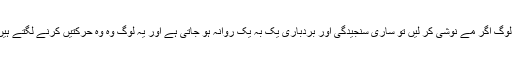
اب یہ چیدہ چیدہ لوگ اگر مے نوشی کر لیں تو ساری سنجیدگی اور بردباری یک بہ یک روانہ ہو جاتی ہے اور یہ لوگ وہ وہ حرکتیں کرنے لگتے ہیں کہ خدا کی پناہ۔